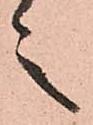
言